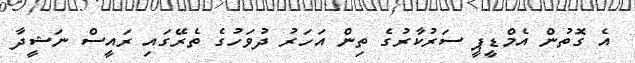
އެ ގޮތުން އެމްޑީޕީ ސަރުކާރުގެ ތިން އަހަރު ދުވަހުގެ ތެރޭގައި ރައީސް ނަޝީދާ